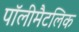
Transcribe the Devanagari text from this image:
पॉलीमैटलिक